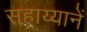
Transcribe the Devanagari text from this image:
सहाय्यानें